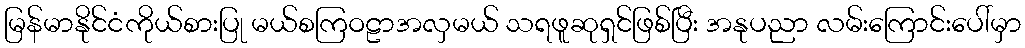
မြန်မာနိုင်ငံကိုယ်စားပြု မယ်စကြဝဠာအလှမယ် သရဖူဆုရှင်ဖြစ်ပြီး အနုပညာ လမ်းကြောင်းပေါ်မှာ